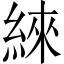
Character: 䋱